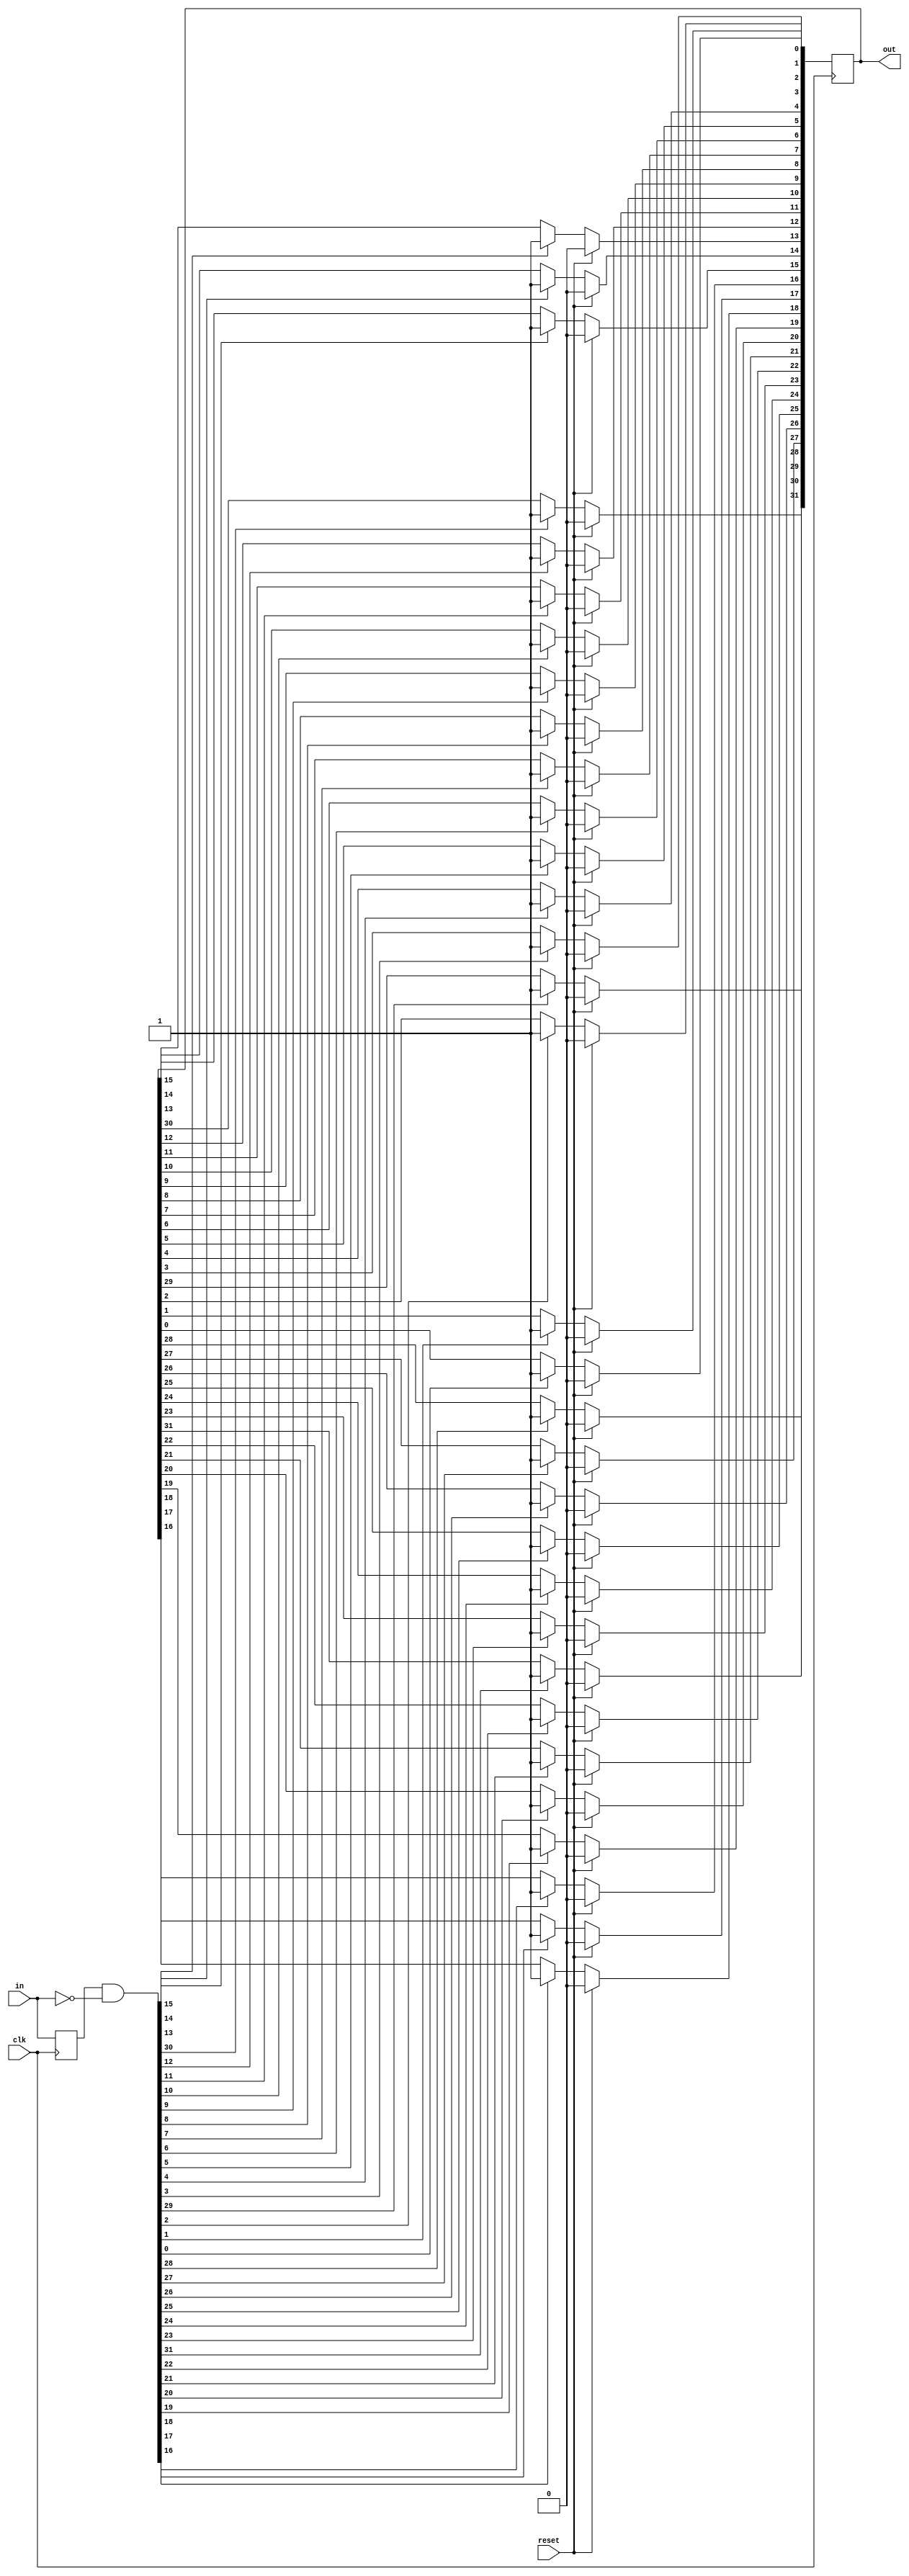
module top_module (
    input clk,
    input reset,
    input [31:0] in,
    output [31:0] out
);
    wire [31:0]state;
    wire [31:0]prev_d;
	integer i;
    always@(posedge clk)
        begin
            
            prev_d <= in;
            
            if(reset)
                begin
                    out<=0;
                end
            else
                begin
                    for(i=0;i<32;i++)
                        begin
                            if(state[i])
                                begin
                                    out[i] = 1'b1;
                                end
                        end
                end
            
        end
    
    assign state = prev_d & ~in;
    
    
endmodule